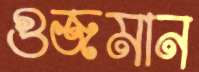
গুজমান